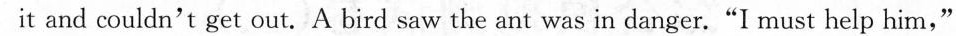
it and couldn't get out. A bird saw the ant was in danger."I must help him,"